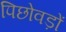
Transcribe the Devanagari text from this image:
पिछोवड़ों